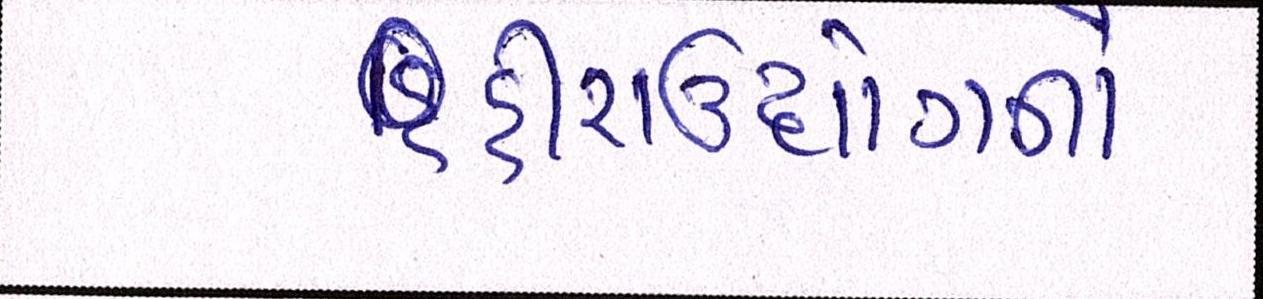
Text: હિરાઉદ્યોગનો